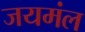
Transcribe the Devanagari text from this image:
जयमंल